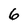
Character: 6